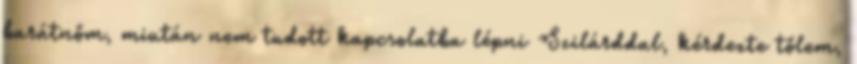
barátnőm, miután nem tudott kapcsolatba lépni Szilárddal, kérdezte tőlem,